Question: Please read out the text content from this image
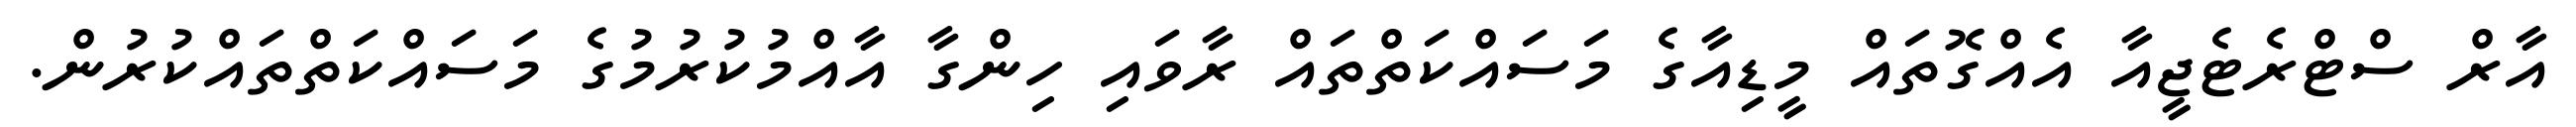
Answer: އާރް ސްޓްރެޓެޖީއާ އެއްގޮތައް މީޑިއާގެ މަސައްކަތްތައް ރާވައި ހިންގާ އާއްމުކުރުމުގެ މަސައްކަތްތައްކުރުން.